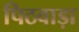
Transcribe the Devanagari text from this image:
पिठवाड़ा